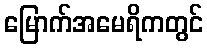
မြောက်အမေရိကတွင်